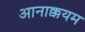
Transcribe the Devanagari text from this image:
आनाक्कयम